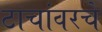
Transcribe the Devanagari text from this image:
टाचांवरचे